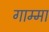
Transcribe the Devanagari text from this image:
गाम्मा